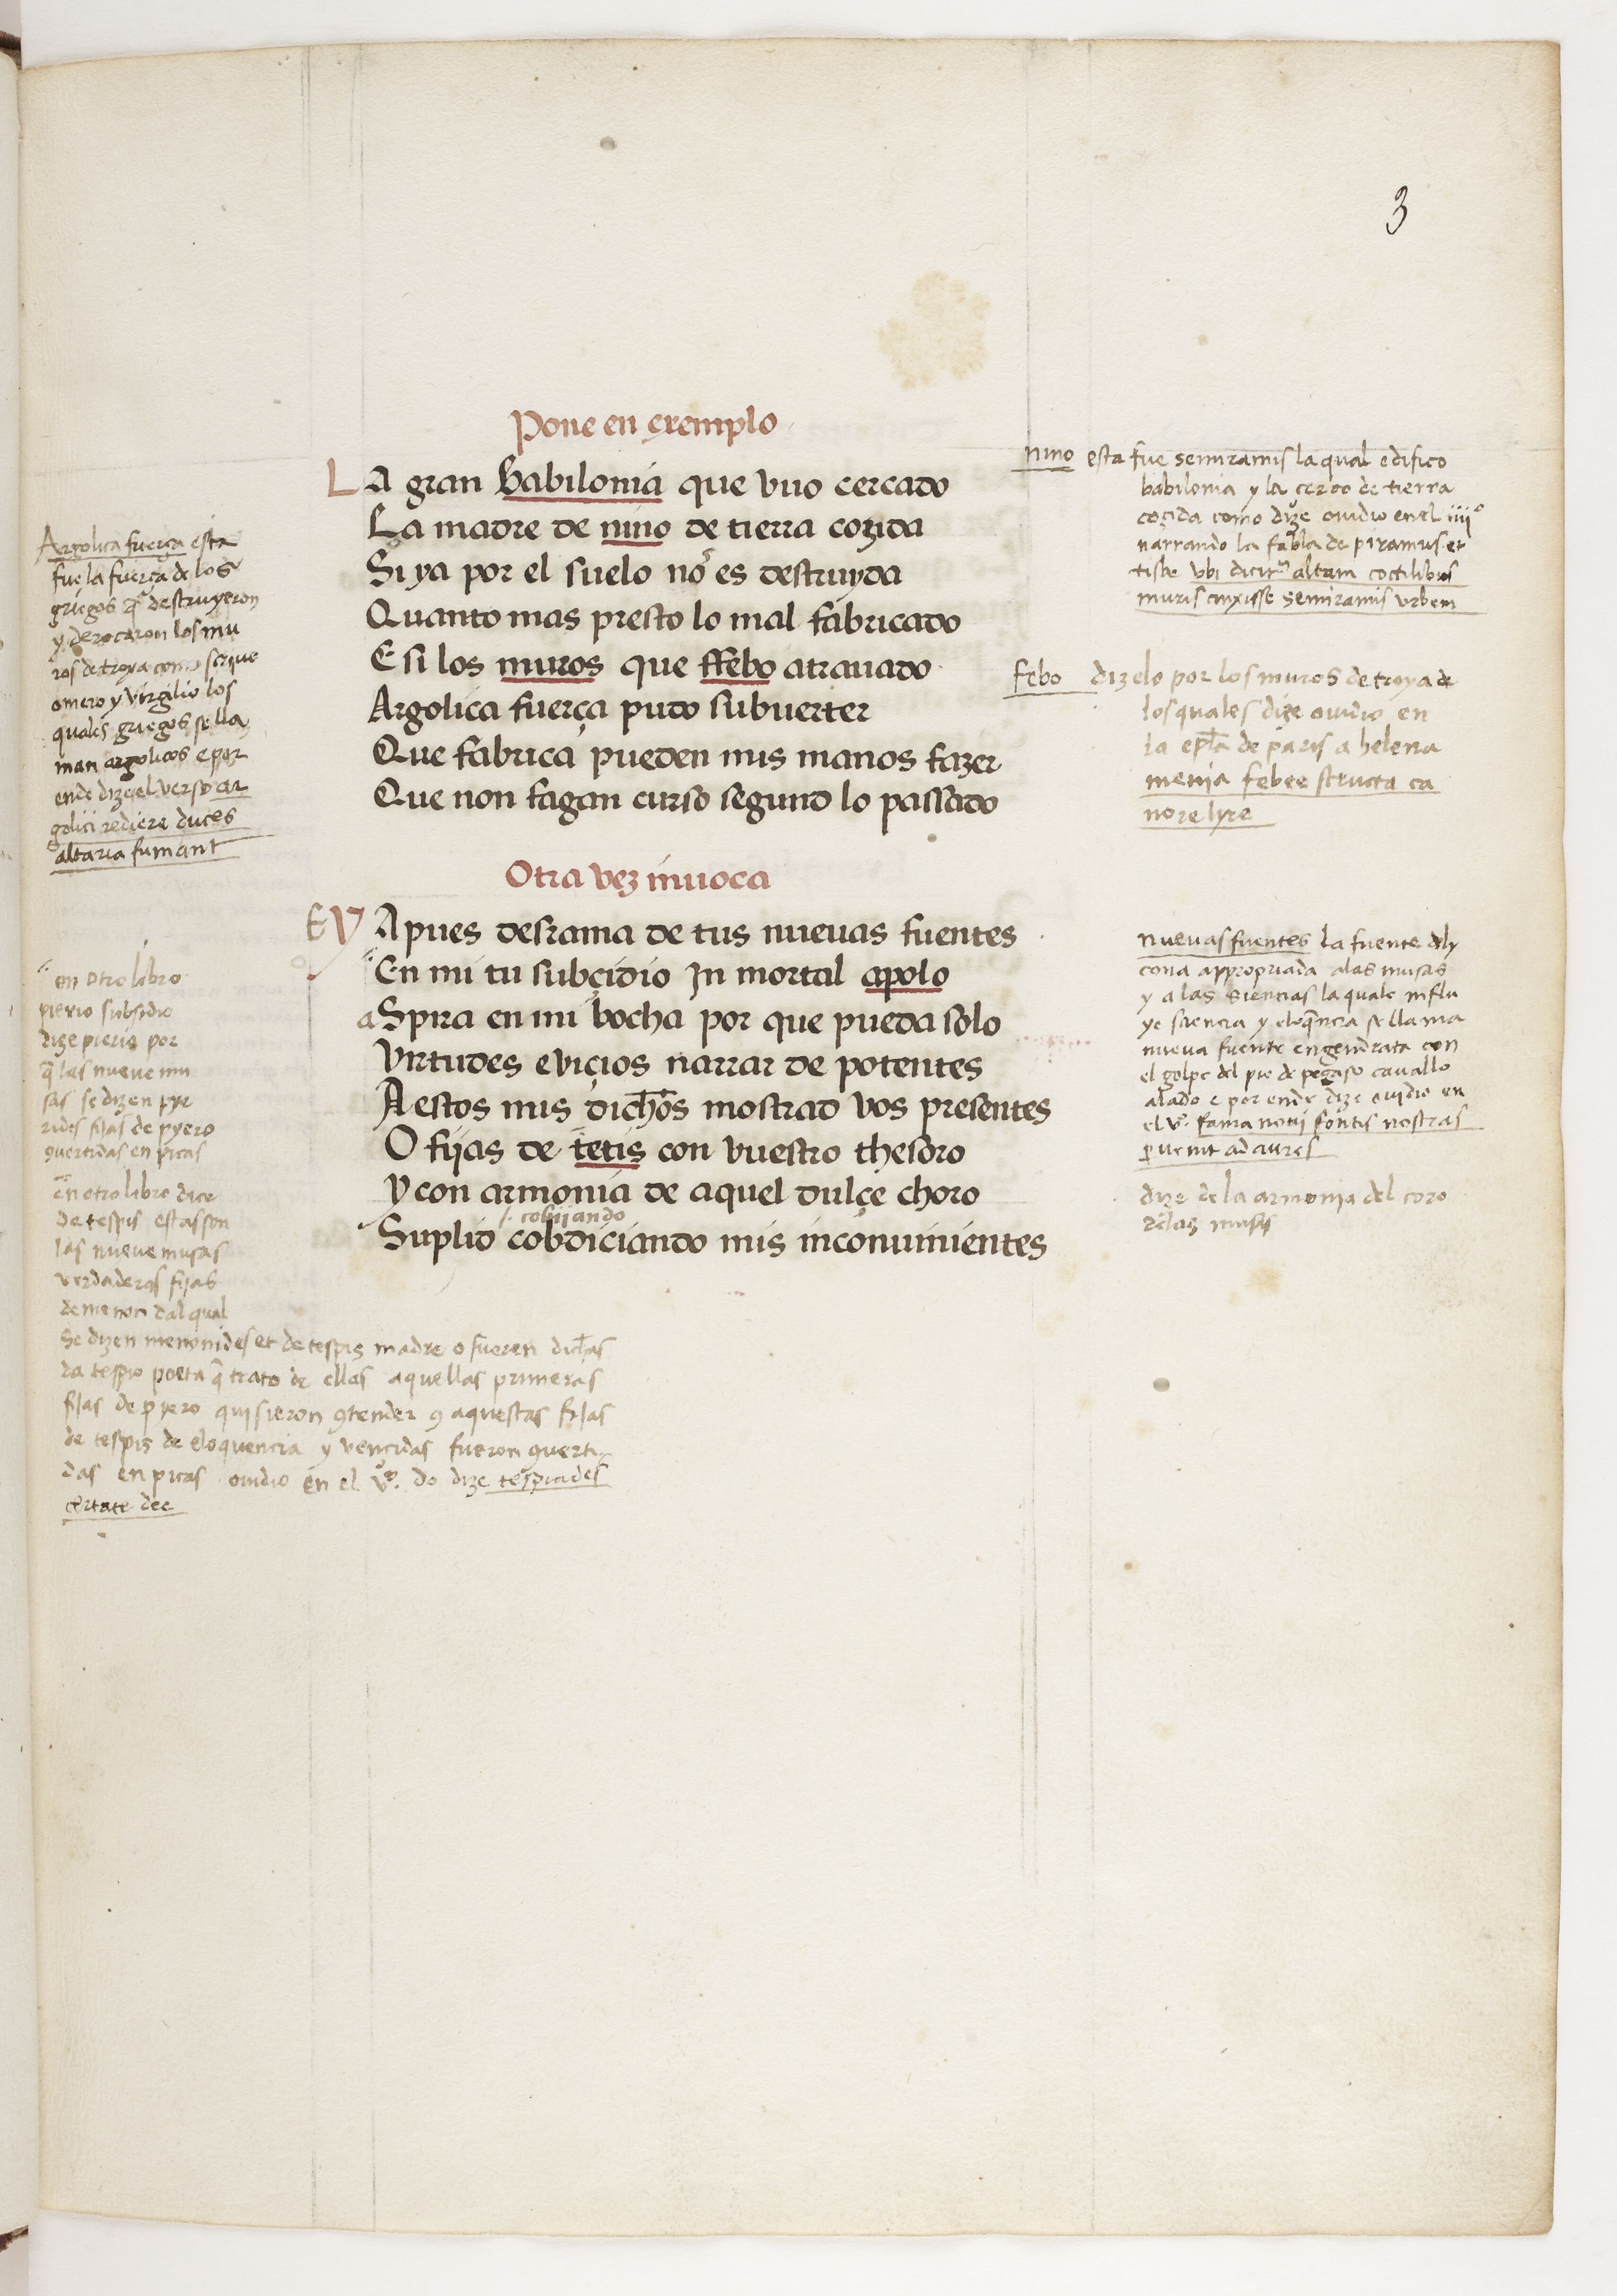
Shelfmark: Paris, BnF, esp. 229
Century: 15